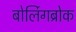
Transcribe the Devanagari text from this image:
बोर्लिगब्रोक